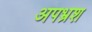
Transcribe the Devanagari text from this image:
अपभ्रश